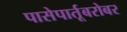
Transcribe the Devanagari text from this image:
पासेपार्तूबरोबर